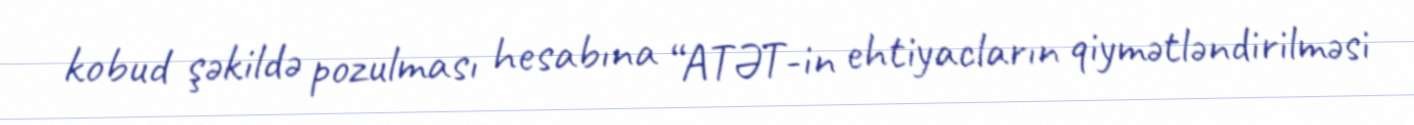
kobud şəkildə pozulması hesabına “ATƏT-in ehtiyacların qiymətləndirilməsi